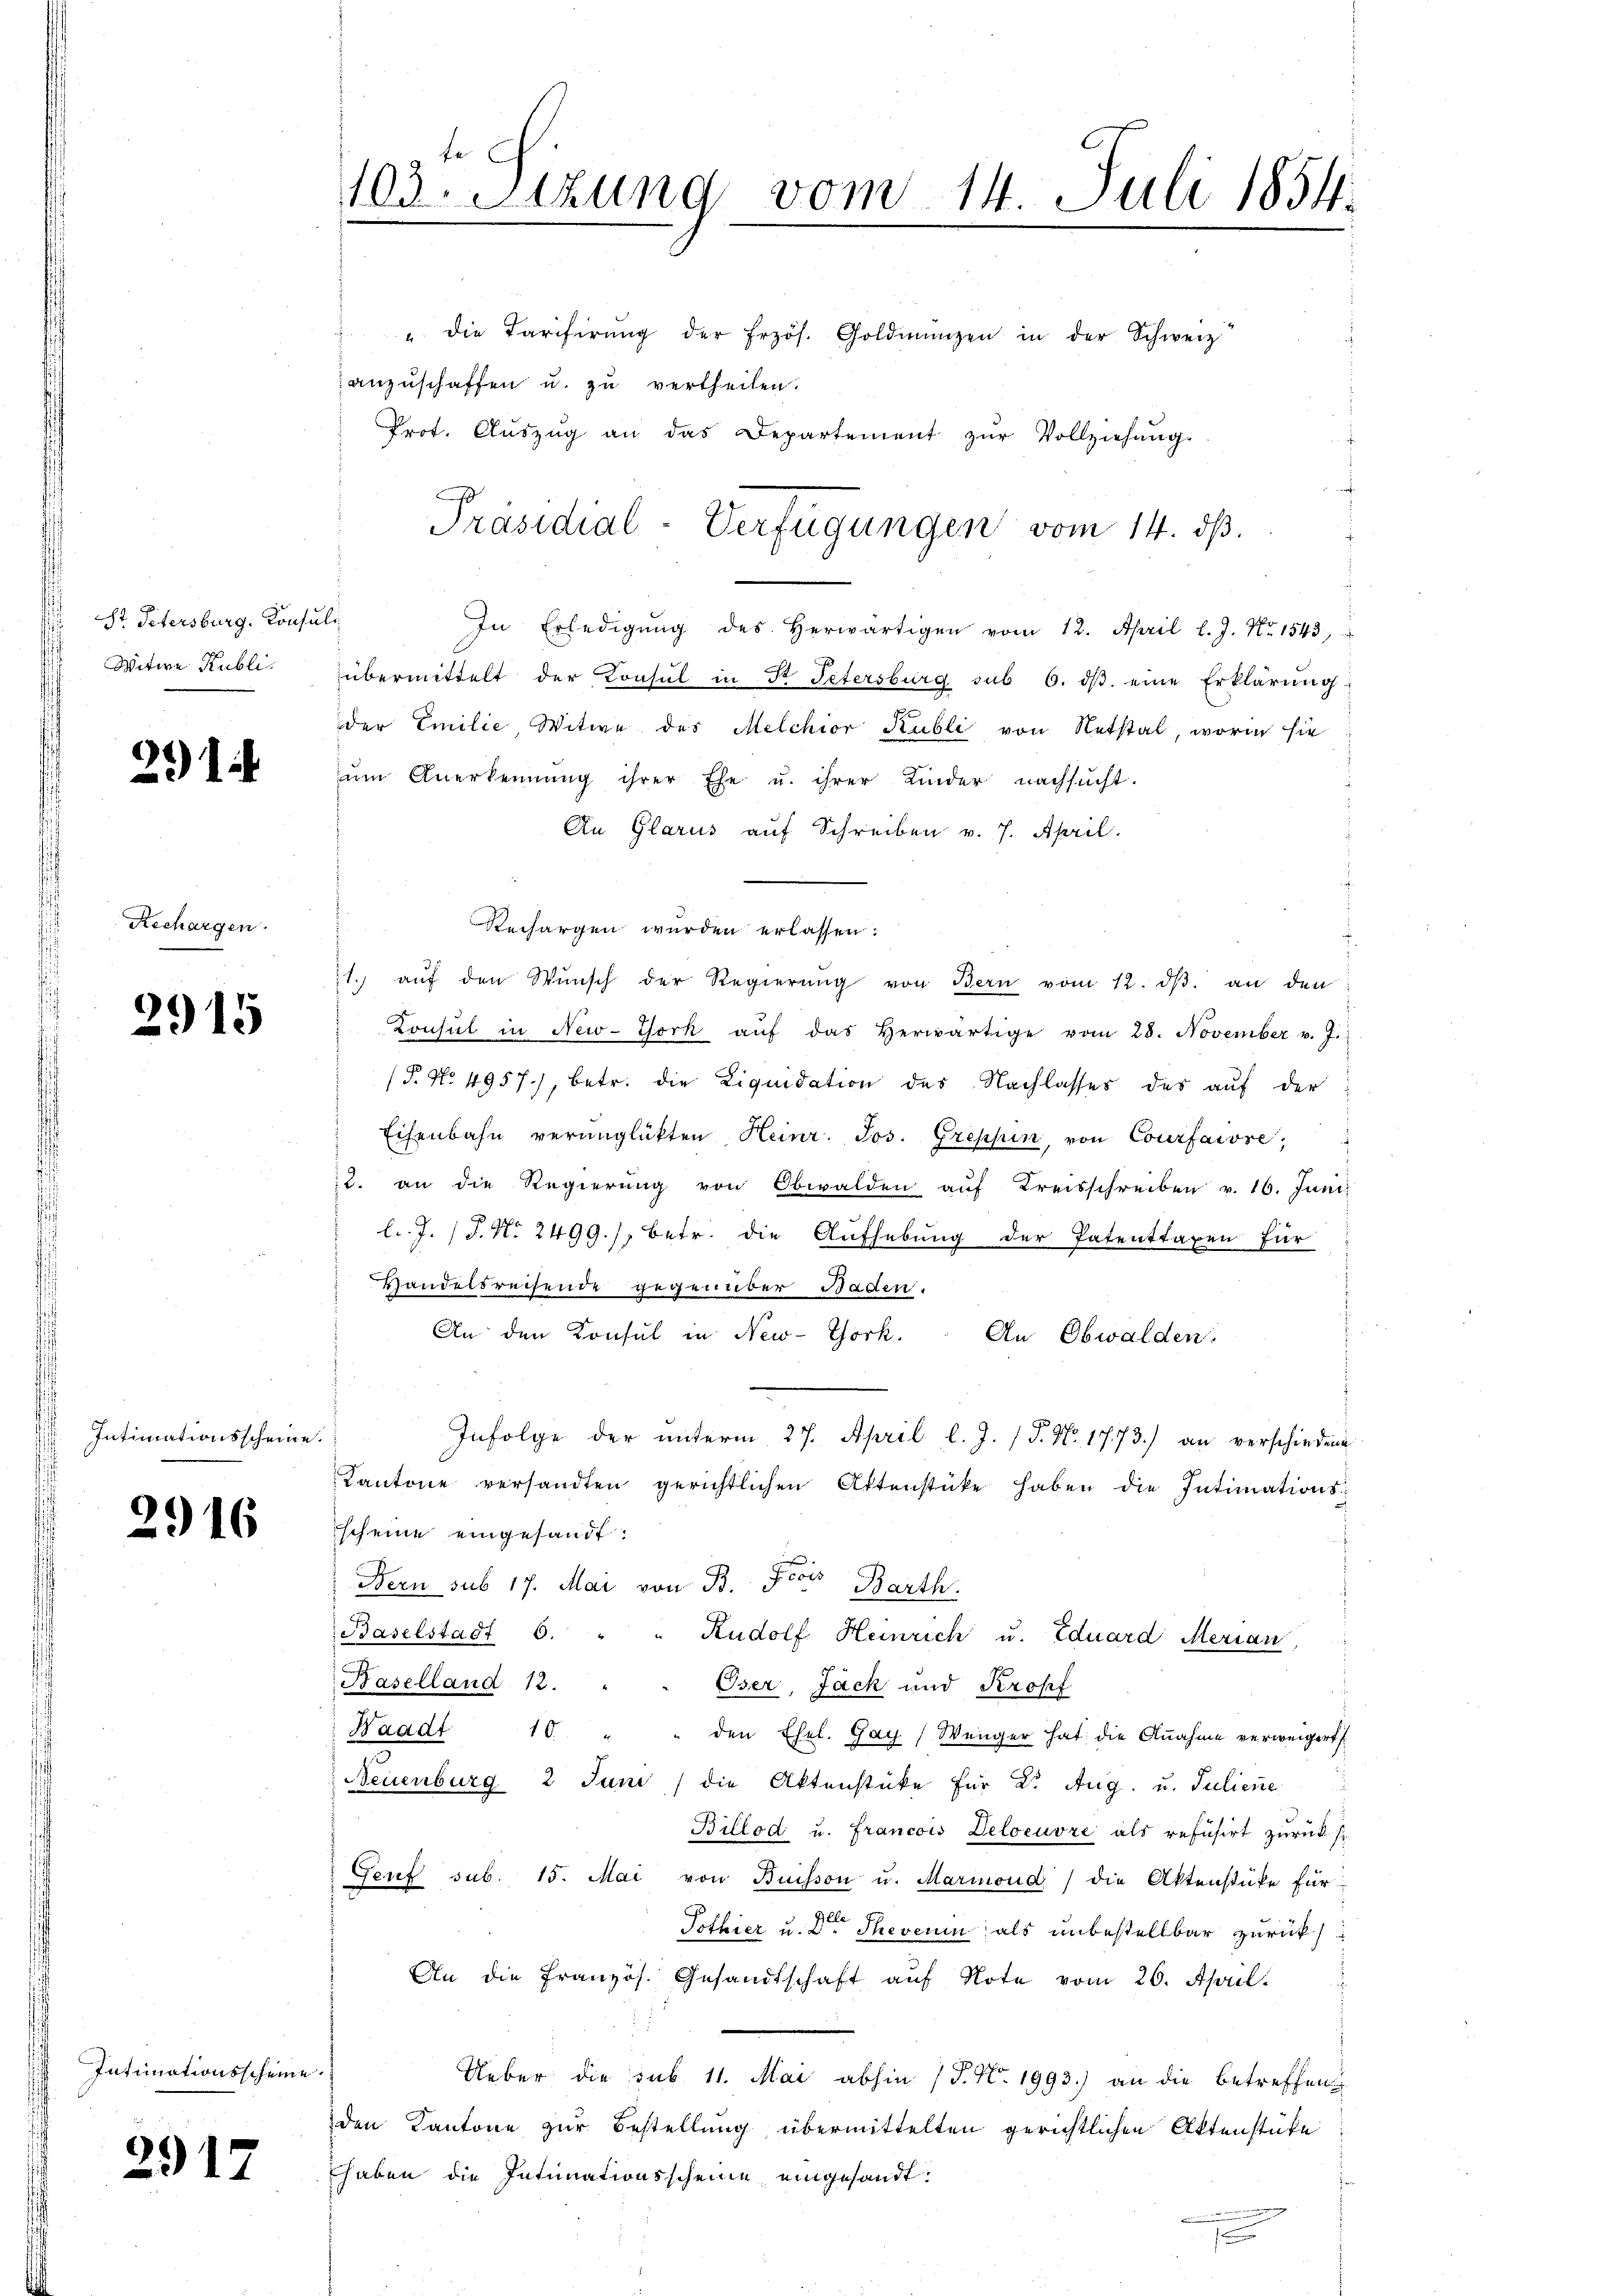
St. Petersburg. Konsu
Witwe Publi

)
21

Rechargen.

2915

Intimationsscheine.

2916

Intimationsscheine.

2917

103. Sitzung vom 14. Juli 1854.

" die Tariferŭng der Erzös. Goldmünzen in der Schweiz
anzuschaffen u. zu vertheilen.
Prot. Aŭszŭg an das Departement zŭr Vollziehung.

Präsidial-Verfügungen vom 14. ds.

l
In Erledigŭng des herwärtigen vom 12. April l. J. Nr. 1543,
übermittelt der Konsul in Fr. Petersburg sub 6. dβ eine Erklärung:
der Emilie, Witwe des Melchior Kubli von Ratstal, worin sie
ŭm Anerkennung ihrer Ehe u. ihrer Kinder nachsucht.
An Glarus auf Schreiben v. 7. April.
Rechargen wurden erlassen.
1. aŭf den Wŭnsch der Regierŭng von Bern vom 12. dβ. an den
Konsul in New-York aŭf das herwärtige vom 28. November v. J.
(P. No. 4957), betr. die Liquidation des Nachlasses des aŭf der
Eisenbahn verunglükten Heinr. Jos. Greppen, von Courfarose,
12. an die Regierŭng von Obwalden aŭf Kreisschreiben v. 16. Juni
l.. J. (T. N. 2499./, betr. die Aufhebung der Patenttaxen für
Handelsreisende gegenüber Baden.
An den Consul in New-York. An Obwalden
Infolge der unterm 27. April l. J. (T. No. 1773.) an verschiedene
Kantone versandten gerichtlichen Attenstücke haben die Intimationsscheine eingesandt:
he
Nern sub 17. Mai von B. Fcois Barth.
Baselstadt 6. "
Rudolf Heinrich u. Eduard Merian,
Baselland 12.
Oser, Jack und Kropf
Waadt 10.
den Ehel. Gay (Wenger hat die Annahme verweigert
Neuenburg 2 Juni / die Aktenstücke für 2. Aug. u. Juliene
Billod u. Francois Deloeuvre als refusirt zurück s
Genf sub. 15. Mai von Buisson u. Marmond die Aktenstüke für
Tothier u. der Theseum als unbestellbar zurück
An die französ. Gesandtschaft aŭf Note vom 26. April.
Ueber die sub 11. Mai abhin (T. No. 1993.) an die betreffen
den Kantone zur Bestellung übermittelten gerichtlichen Aktenstüke
haben die Intimationsscheine eingesandt.